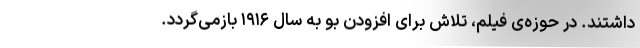
داشتند. در حوزه‌ی فیلم‌، تلاش برای افزودن بو به سال ۱۹۱۶ بازمی‌گردد.